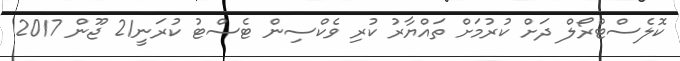
ކޮލެސްޓްރޯލް ދަށް ކުރުމަށް ތައްޔާރު ކުރި ވެކްސިން ޓެސްޓު ކުރަނީ21 ޖޫން 2017